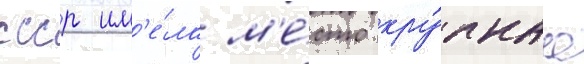
ссср им'е́ла м'е́сто кру́пнаа